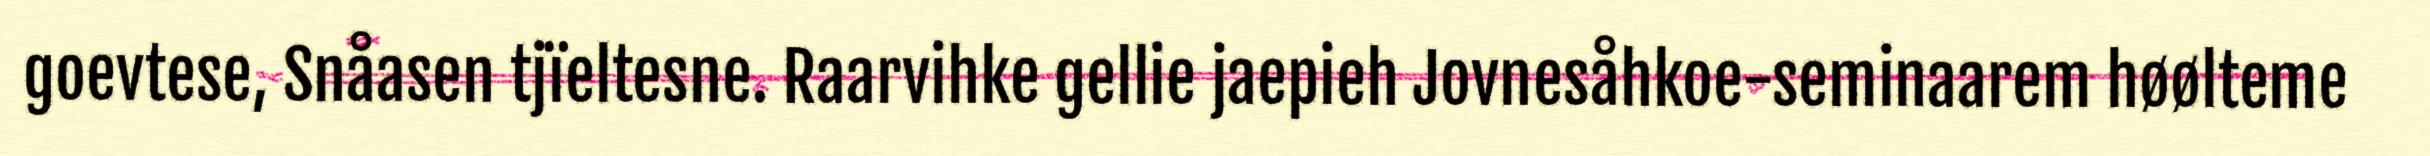
goevtese, Snåasen tjïeltesne. Raarvihke gellie jaepieh Jovnesåhkoe-seminaarem høølteme